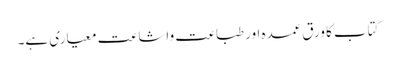
کتاب کا ورق عمدہ اور طباعت واشاعت معیاری ہے۔